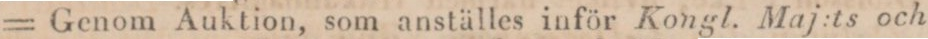
= Genom Auktion, som anställes inför Kongl. Maj:ts och